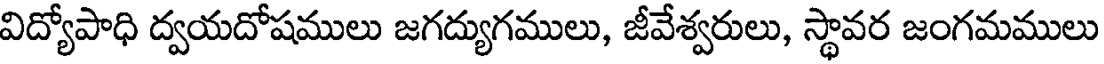
విద్యోపాధి ద్వయదోషములు జగద్యుగములు, జీవేశ్వరులు, స్థావర జంగమములు